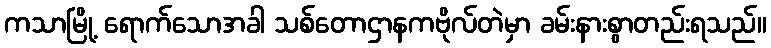
ကသာမြို့ ရောက်သောအခါ သစ်တောဌာနကဗိုလ်တဲမှာ ခမ်းနားစွာတည်းရသည်။